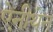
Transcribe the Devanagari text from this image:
ऐनीथेन